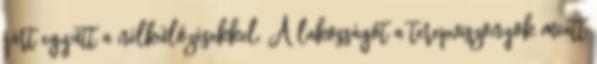
járt együtt a nélkülözésekkel. A lakosságot a terepviszonyok miatt